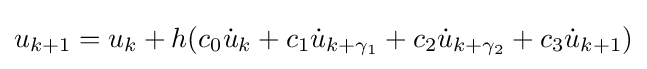
u_{k+1}=u_{k}+h(c_{0}{\dot {u}}_{k}+c_{1}{\dot {u}}_{k+\gamma _{1}}+c_{2}{\dot {u}}_{k+\gamma _{2}}+c_{3}{\dot {u}}_{k+1})